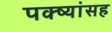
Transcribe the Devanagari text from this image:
पक्ष्यांसह